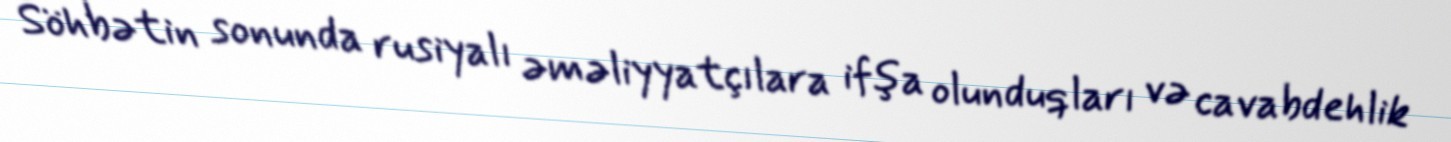
Söhbətin sonunda rusiyalı əməliyyatçılara ifşa olunduqları və cavabdehlik